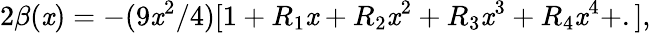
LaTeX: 2\beta(\mathit{x})=-(9\mathit{x}^{2}/4)[1+R_{1}\mathit{x}+R_{2}\mathit{x}^{2}+R_{3}\mathit{x}^{3}+R_{4}\mathit{x}^{4}+.],